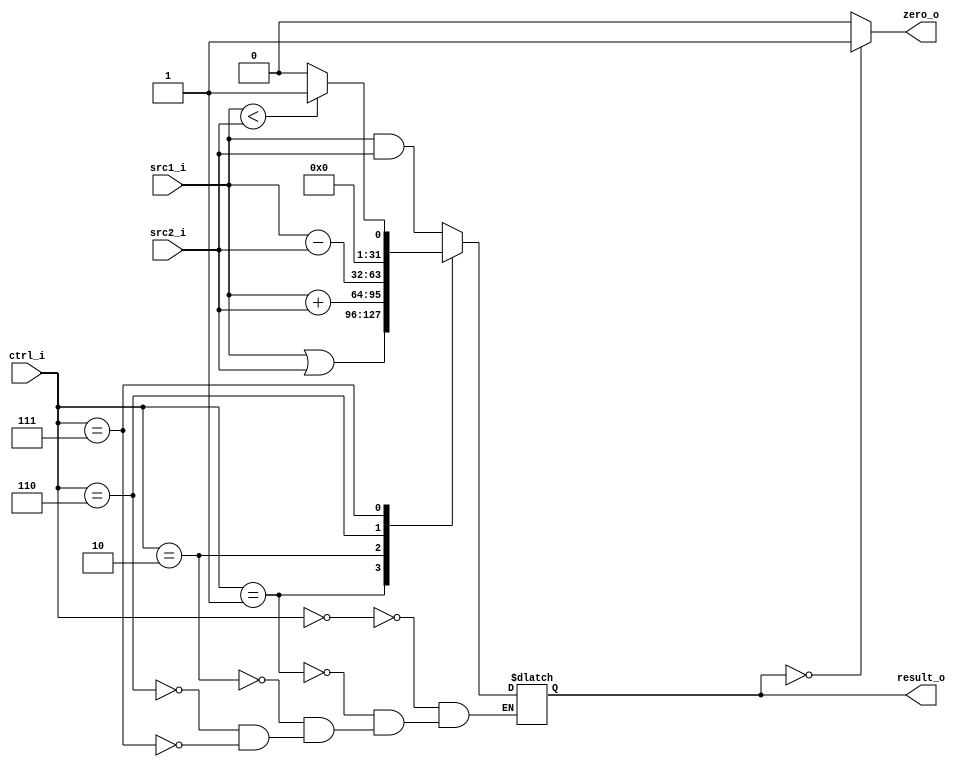
//Subject:     Architecture project 2 - ALU
//--------------------------------------------------------------------------------
//Version:     1
//--------------------------------------------------------------------------------
//Writer:      
//----------------------------------------------
//Date:        
//----------------------------------------------
//Description: 
//--------------------------------------------------------------------------------

module ALU(
    src1_i,
	src2_i,
	ctrl_i,
	result_o,
	zero_o
	);
     
//I/O ports
input  [32-1:0]  src1_i;
input  [32-1:0]	 src2_i;
input  [4-1:0]   ctrl_i;

output [32-1:0]	 result_o;
output           zero_o;

//Internal signals
reg    [32-1:0]  result_o;
wire             zero_o;

//Parameter

//Main function
always@(*)begin
	case(ctrl_i)
		4'b0000://AND
		begin	
			result_o <= src1_i & src2_i;
		//$display("=====AND=====");
		end
		4'b0001://OR
		begin
			result_o <= src1_i | src2_i;
		//$display("======OR=====");
		end
		4'b0010://ADD
		begin
			result_o <= src1_i + src2_i;
		//$display("=====ADD======");
		end
		4'b0110://SUB BEQ
		begin
			result_o <= src1_i - src2_i;
		//$display("=====SUB======");
		end
		4'b0111:begin//SLT
			if($signed(src1_i)<$signed(src2_i))
				result_o <= 1;
			else
				result_o <= 0;
		//$display("=====SLT=====");
		end	
//		default:
			//result_o <= src1_i + src2_i;
	endcase				
	//$display("src1:%d src2:%d crtl:%d result:%d zero:%d",src1_i,src2_i,ctrl_i,result_o,zero_o);

end
assign zero_o = (result_o == 0) ? 1 : 0;
endmodule